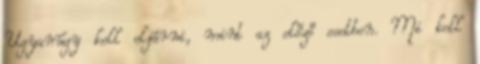
Ugyanúgy kell eljárni, mint az előző esetben. Mi kell